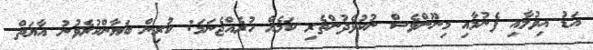
އަޑު އިވުމާއި ފެނުމާއި މިނޫންވެސް ނުކުޅެދުންތެރި ކަމެއް ހުރެއްޖެނަމަ: ކުރިން ބަޔާންކުރެވުނު އާޔަތް